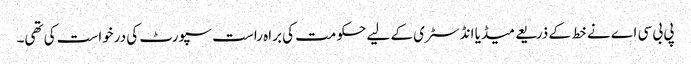
پی بی سی اے نے خط کے ذریعے میڈیا انڈسٹری کے لیے حکومت کی براہ راست سپورٹ کی درخواست کی تھی۔